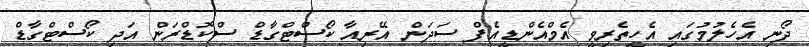
ދޯނި އެހެލުމުގައި އެހީތެރިވީ އެމްއެންޑީއެފް ސަދަން އޭރިއާ ކޯސްޓްގާޑް ސްކޮޑްރަން އަދި ކޯސްޓްގާޑް